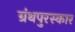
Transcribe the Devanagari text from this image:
ग्रंथपुरस्कार